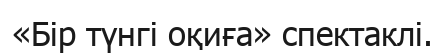
«Бір түнгі оқиға» спектаклі.